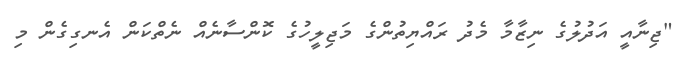
"ޖިނާއީ އަދުލުގެ ނިޒާމާ މެދު ރައްޔިތުންގެ މަޖިލީހުގެ ކޮންސާނެއް ނެތްކަން އެނގިގެން މި